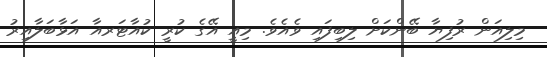
މިލިއަން ރުފިޔާ ބޭންކަށް ލިބިފައި ވެއެވެ. މިއީ އޭގެ ކުރީ ކުއާޓަރއާ އަޅާބަލާއިރު